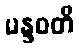
မန္ဒဝတီ